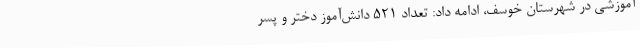
آموزشی در شهرستان خوسف، ادامه داد: تعداد 521 دانش‌آموز دختر و پسر